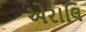
એરાલિ